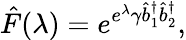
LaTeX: \hat{F}(\lambda)=e^{e^{\lambda}\gamma\hat{b}_{1}^{\dagger}\hat{b}_{2}^{\dagger}},